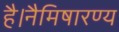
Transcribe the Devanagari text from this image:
है।नैमिषारण्य